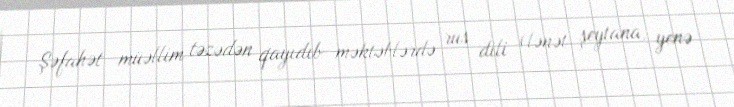
Şəfahət müəllim təzədən qayıdıb məktəblərdə rus dili (lənət şeytana, yenə